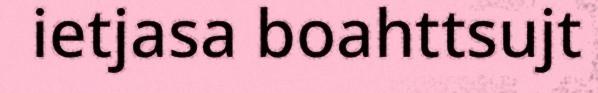
ietjasa boahttsujt